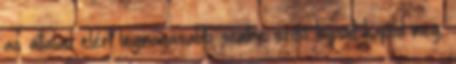
az általad elért legmagasabb szintre szóló kupont kapod meg,